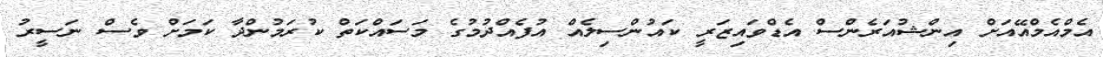
އެމްއެމްއޭއަށް އިންޝުއަރެންސް އެޑްވައިޒަރީ ކައުންސިލެއް އުފެއްދުމުގެ މަސައްކަތް ކުރަމުންދާ ކަމަށް ވެސް ނަސީރު